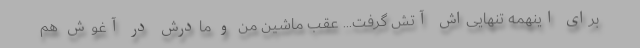
برای اینهمه تنهایی‌اش آتش گرفت... عقب ماشین من و مادرش در آغوش هم